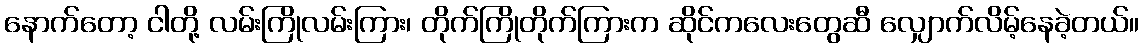
နောက်တော့ ငါတို့ လမ်းကြိုလမ်းကြား၊ တိုက်ကြိုတိုက်ကြားက ဆိုင်ကလေးတွေဆီ လျှောက်လိမ့်နေခဲ့တယ်။